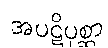
အပဋိပုစ္ဆာ